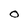
Character: O